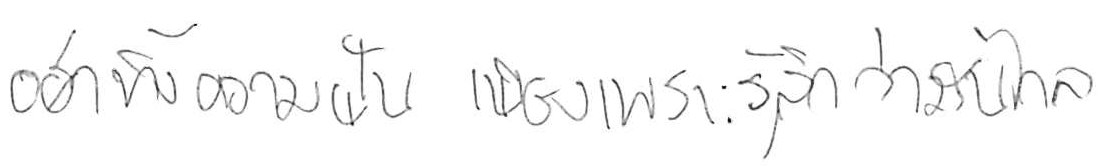
อย่าทิ้งความฝัน เพียงเพราะรู้สึกว่ามันไกล